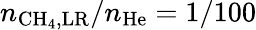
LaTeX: n_{\mathrm{CH}_{4},\mathrm{LR}}/n_{\mathrm{He}}=1/100